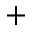
+